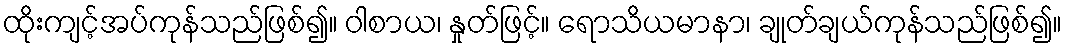
ထိုးကျင့်အပ်ကုန်သည်ဖြစ်၍။ ဝါစာယ၊ နှုတ်ဖြင့်။ ရောသိယမာနာ၊ ချုတ်ချယ်ကုန်သည်ဖြစ်၍။